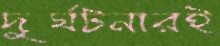
দুর্ঘটনারই